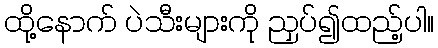
ထို့နောက် ပဲသီးများကို ညှပ်၍ထည့်ပါ။